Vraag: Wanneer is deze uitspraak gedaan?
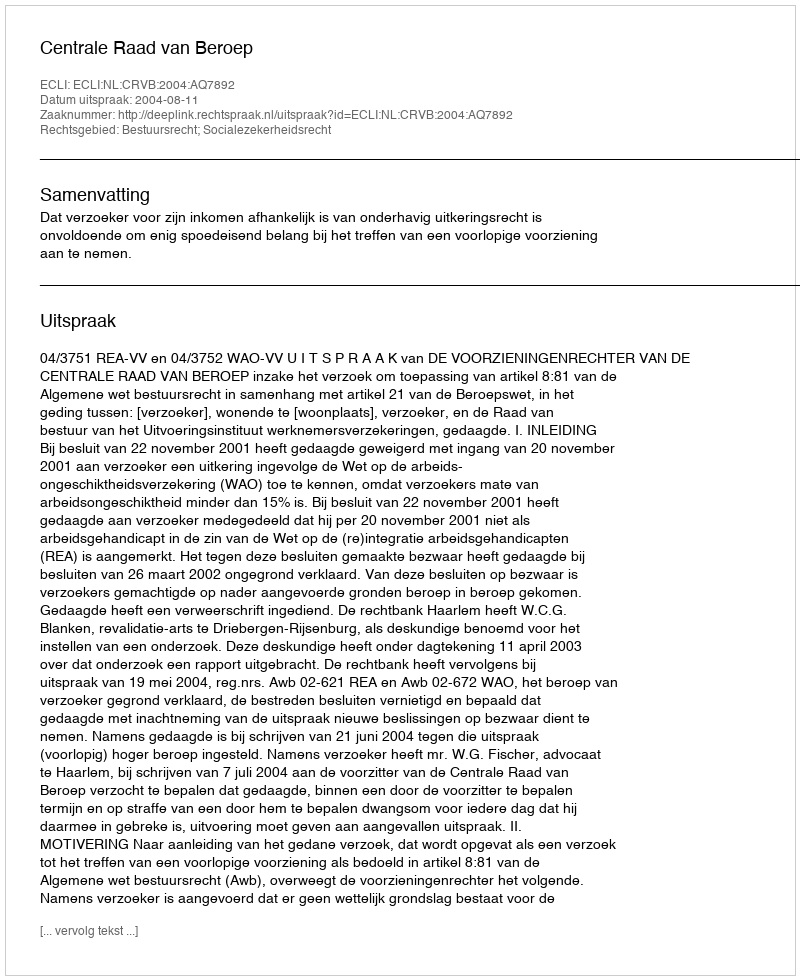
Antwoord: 2004-08-11